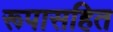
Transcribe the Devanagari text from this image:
रूपासहित